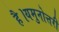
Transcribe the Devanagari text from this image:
है।यमुनोत्तरी